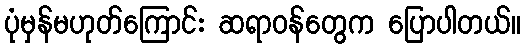
ပုံမှန်မဟုတ်ကြောင်း ဆရာဝန်တွေက ပြောပါတယ်။